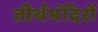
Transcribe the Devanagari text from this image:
तीर्थमंदिरों